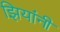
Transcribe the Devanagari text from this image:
झियांनी